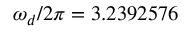
\omega _ { d } / 2 \pi = 3 . 2 3 9 2 5 7 6